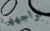
نواجهها